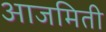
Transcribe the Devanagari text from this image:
आजमिती